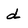
Character: d